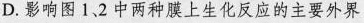
D.影响图12中两种膜上生化反应的主要外界